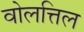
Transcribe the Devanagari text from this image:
वोलत्तिल